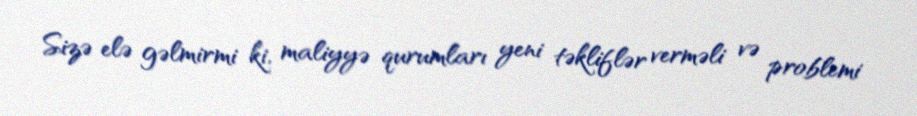
Sizə elə gəlmirmi ki, maliyyə qurumları yeni təkliflər verməli və problemi